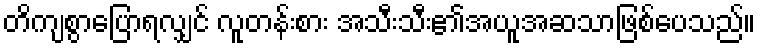
တိကျစွာပြောရလျှင် လူတန်းစား အသီးသီး၏အယူအဆသာဖြစ်ပေသည်။